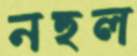
নহুল